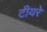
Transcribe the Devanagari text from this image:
टीयरे